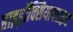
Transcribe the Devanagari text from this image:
हाइड्रॉक्सियापटाइट